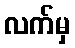
လက်မှ